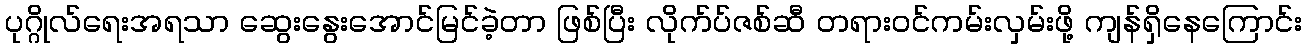
ပုဂ္ဂိုလ်ရေးအရသာ ဆွေးနွေးအောင်မြင်ခဲ့တာ ဖြစ်ပြီး လိုက်ပ်ဇစ်ဆီ တရားဝင်ကမ်းလှမ်းဖို့ ကျန်ရှိနေကြောင်း